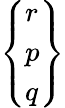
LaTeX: \left\{ {\begin{array}{l}{r}\\ {p}\\ {q}\end{array}}\right\}